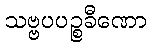
သဗ္ဗပပဉ္စခီဏော